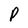
Character: P